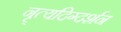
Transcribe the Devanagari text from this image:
नृ्त्यदिग्दर्शन